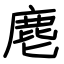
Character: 麀